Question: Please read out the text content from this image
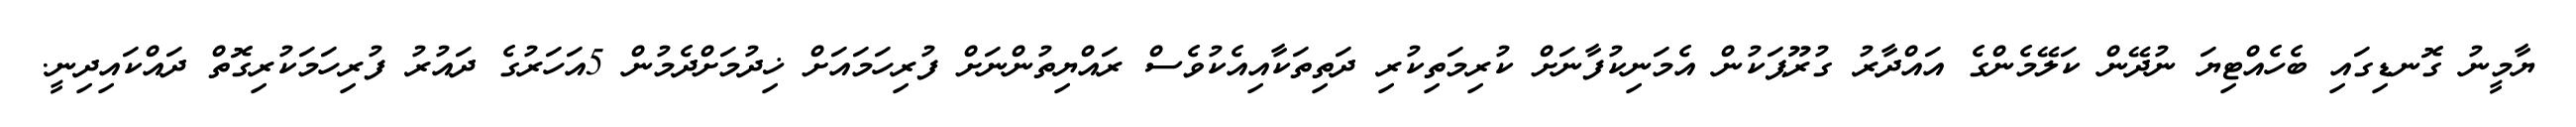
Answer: ޔާމީނު ގޮނޑިގައި ބެހެއްޓިޔަ ނުދޭން ކަލޭމެންގެ އައްދާރު ގުރޫޕަކުން އެމަނިކުފާނަށް ކުރިމަތިކުރި ދަތިތަކާއިއެކުވެސް ރައްޔިތުންނަށް ފުރިހަމައަށް ޚިދުމަށްދެމުން 5އަހަރުގެ ދައުރު ފުރިހަމަކުރިގޮތް ދައްކައިދިނީ.